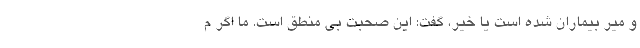
و میر بیماران شده است یا خیر، گفت: این صحبت بی منطق است. ما اگر م